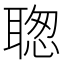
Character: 聦